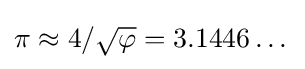
\pi \approx 4/{\sqrt {\varphi }}=3.1446\dots